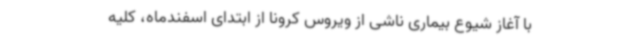
با آغاز شیوع بیماری ناشی از ویروس کرونا از ابتدای اسفندماه، کلیه